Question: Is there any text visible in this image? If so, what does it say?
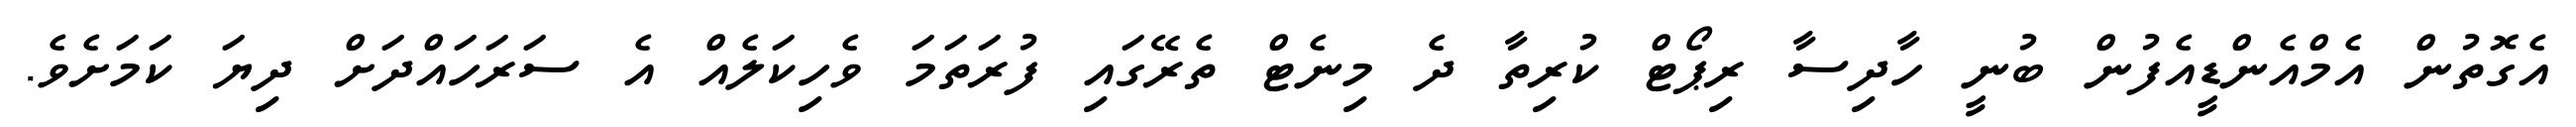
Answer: އެގޮތުން އެމްއެންޑީއެފުން ބުނީ ހާދިސާ ރިޕޯޓް ކުރިތާ ދެ މިނެޓް ތެރޭގައި ފުރަތަމަ ވެހިކަލެއް އެ ސަރަހައްދަށް ދިޔަ ކަމަށެވެ.